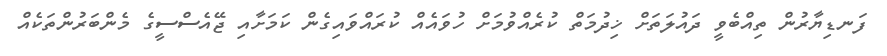
ފަނޑިޔާރުން ތިއްބެވީ ދައުލަތަށް ޚިދުމަތް ކުރެއްވުމަށް ހުވައެއް ކުރައްވައިގެން ކަމަށާއި ޖޭއެސްސީގެ މެންބަރުންތަކެއް